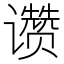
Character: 𬤮